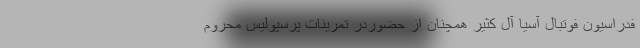
فدراسیون فوتبال آسیا آل کثیر همچنان از حضوردر تمرینات پرسپولیس محروم